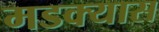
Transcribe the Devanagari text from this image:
मडक्यास